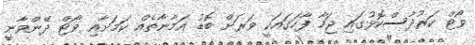
ވޯޓް ކަރުދާސްކޮޅުގައި ޖަހާ ފާހަގައަކީ ވަރަށް ބޮޑު އަމާނާތެއް ކަމަށާއި ވޯޓް ދޭންވާނީ